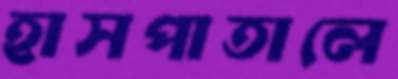
হাসপাতালে